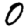
Digit: 0